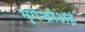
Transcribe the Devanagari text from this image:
मृगेन्द्रोअहं